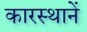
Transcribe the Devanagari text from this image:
कारस्थानें